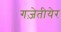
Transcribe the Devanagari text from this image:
गज़ेतीयेर